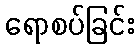
ရောစပ်ခြင်း